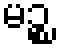
မဉ္စ